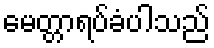
မေတ္တာရပ်ခံပါသည်